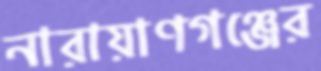
নারায়াণগঞ্জের